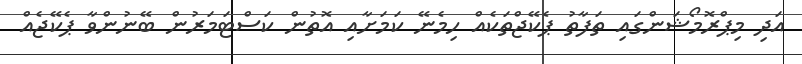
އަދި މިޕްރޮމޯޝަންގައި ތަފާތު ޕެކޭޖްތަކެއް ހިމެނޭ ކަމަށާއި އޮތުން ކަސްޓަމަރުން ބޭނުންވާ ޕެކޭޖެއް